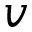
\boldsymbol { v }